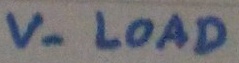
Text: V- LOAD